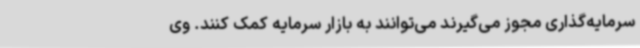
سرمایه‌گذاری مجوز می‌گیرند می‌توانند به بازار سرمایه کمک کنند. وی